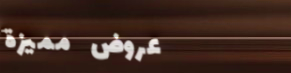
عروض مميزة